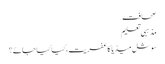
صحافت
مذہبی تعلیم
سوشل میڈیا کا عفریت،کیا کیا جائے؟